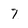
Character: 7